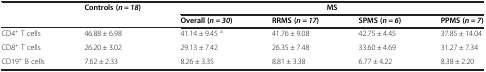
<table><thead><tr><td><b> </b></td><td><b>Controls (<i>n = 18</i>)</b></td><td colspan="4"><b>MS</b></td></tr><tr><td><b> </b></td><td><b> </b></td><td><b>Overall (<i>n = 30</i>)</b></td><td><b>RRMS (<i>n = 17</i>)</b></td><td><b>SPMS (<i>n = 6</i>)</b></td><td><b>PPMS (<i>n = 7</i>)</b></td></tr></thead><tbody><tr><td>CD4<sup>+</sup> T cells</td><td>46.88 ± 6.98</td><td>41.14 ± 9.45 <sup>a</sup></td><td>41.76 ± 9.08</td><td>42.75 ± 4.45</td><td>37.85 ± 14.04</td></tr><tr><td>CD8<sup>+</sup> T cells</td><td>26.20 ± 3.02</td><td>29.13 ± 7.42</td><td>26.35 ± 7.48</td><td>33.60 ± 4.69</td><td>31.27 ± 7.34</td></tr><tr><td>CD19<sup>+</sup> B cells</td><td>7.62 ± 2.33</td><td>8.26 ± 3.35</td><td>8.81 ± 3.38</td><td>6.77 ± 4.22</td><td>8.38 ± 2.20</td></tr></tbody></table>